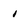
Character: i